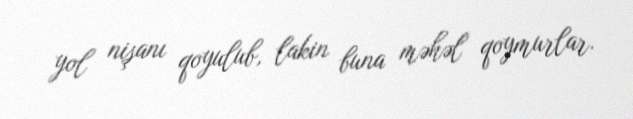
yol nişanı qoyulub, lakin buna məhəl qoymurlar.